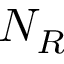
N _ { R }